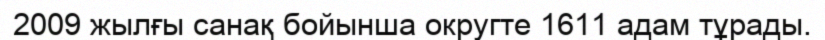
2009 жылғы санақ бойынша округте 1611 адам тұрады.